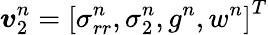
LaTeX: \boldsymbol{v}_{2}^{n}=\left[\sigma_{rr}^{n},\sigma_{2}^{n},g^{n},w^{n}\right]^{T}